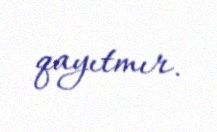
qayıtmır.